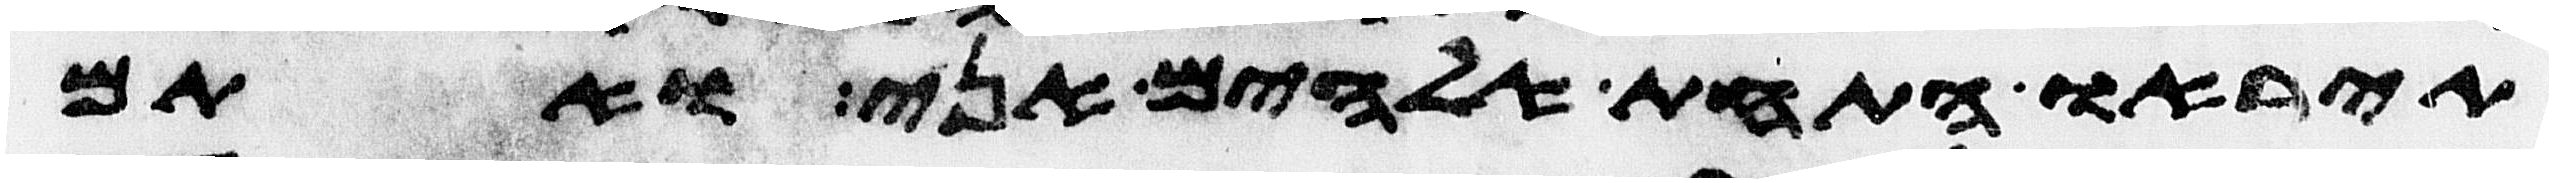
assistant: תיראו התחת אלהים אני אתם